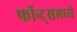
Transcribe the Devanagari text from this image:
फॉन्ट्‌समध्ये